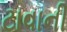
ટાવાની